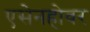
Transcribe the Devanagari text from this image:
एसेनहोवर